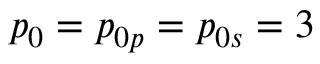
p _ { 0 } = p _ { 0 p } = p _ { 0 s } = 3